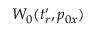
W _ { 0 } ( t _ { r } ^ { \prime } , p _ { 0 x } )